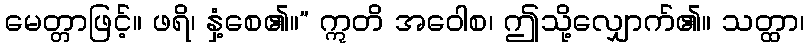
မေတ္တာဖြင့်။ ဖရိ၊ နှံ့စေ၏။” ဣတိ အဝေါစ၊ ဤသို့လျှောက်၏။ သတ္ထာ၊